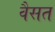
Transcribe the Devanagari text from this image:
वैसत